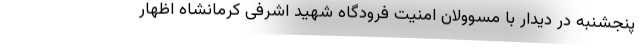
پنجشنبه در دیدار با مسوولان امنیت فرودگاه شهید اشرفی کرمانشاه اظهار